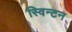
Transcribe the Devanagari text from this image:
स्विन्टन